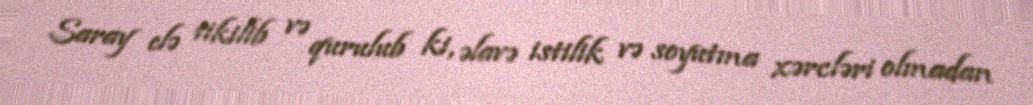
Saray elə tikilib və qurulub ki, əlavə istilik və soyutma xərcləri olmadan